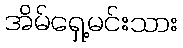
အိမ်ရှေ့မင်းသား